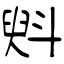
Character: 斞